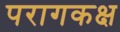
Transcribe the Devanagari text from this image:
परागकक्ष